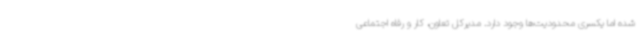
شده اما یکسری محدودیت‌ها وجود دارد. مدیرکل تعاون، کار و رفاه اجتماعی